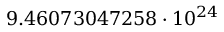
9 . 4 6 0 7 3 0 4 7 2 5 8 \cdot 1 0 ^ { 2 4 }